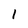
Character: 1